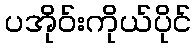
ပအိုဝ်းကိုယ်ပိုင်